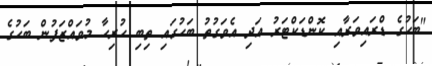
"ބަހުގެ ޑްރައިވަރާއި ކޮންޑަކްޓަރު އަދި އެވަގުތު ބަހުގައި ތިބި ހުރިހާ މުވައްޒަފުން ބަހުގެ